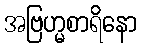
အဗြဟ္မစာရိနော